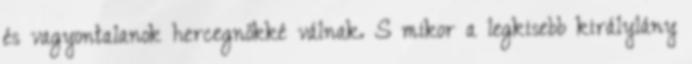
és vagyontalanok hercegnőkké válnak. S mikor a legkisebb királylány